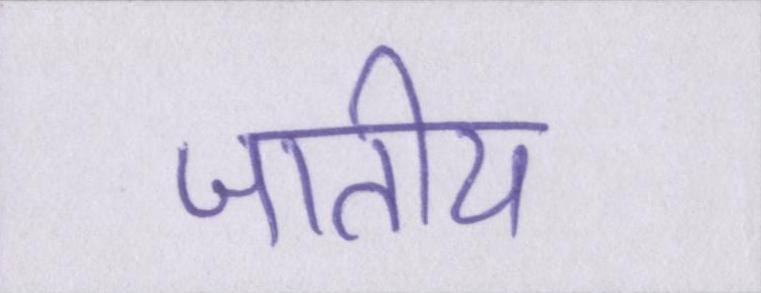
जातीय